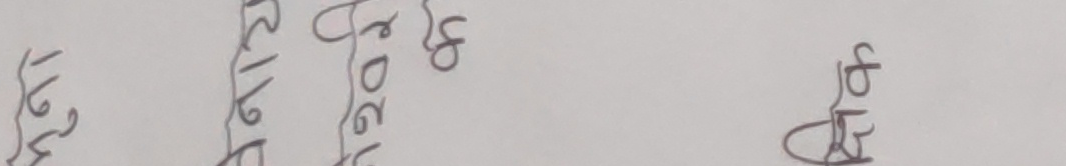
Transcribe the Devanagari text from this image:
मकर
र २१/२
२०७८ को
छैन्